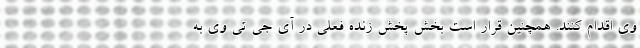
وی اقدام کنند. همچنین قرار است بخش پخش زنده فعلی در آی جی تی وی به